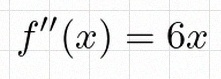
f''(x)=6x